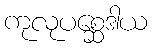
ကုလုပစ္ဆေဒါယ